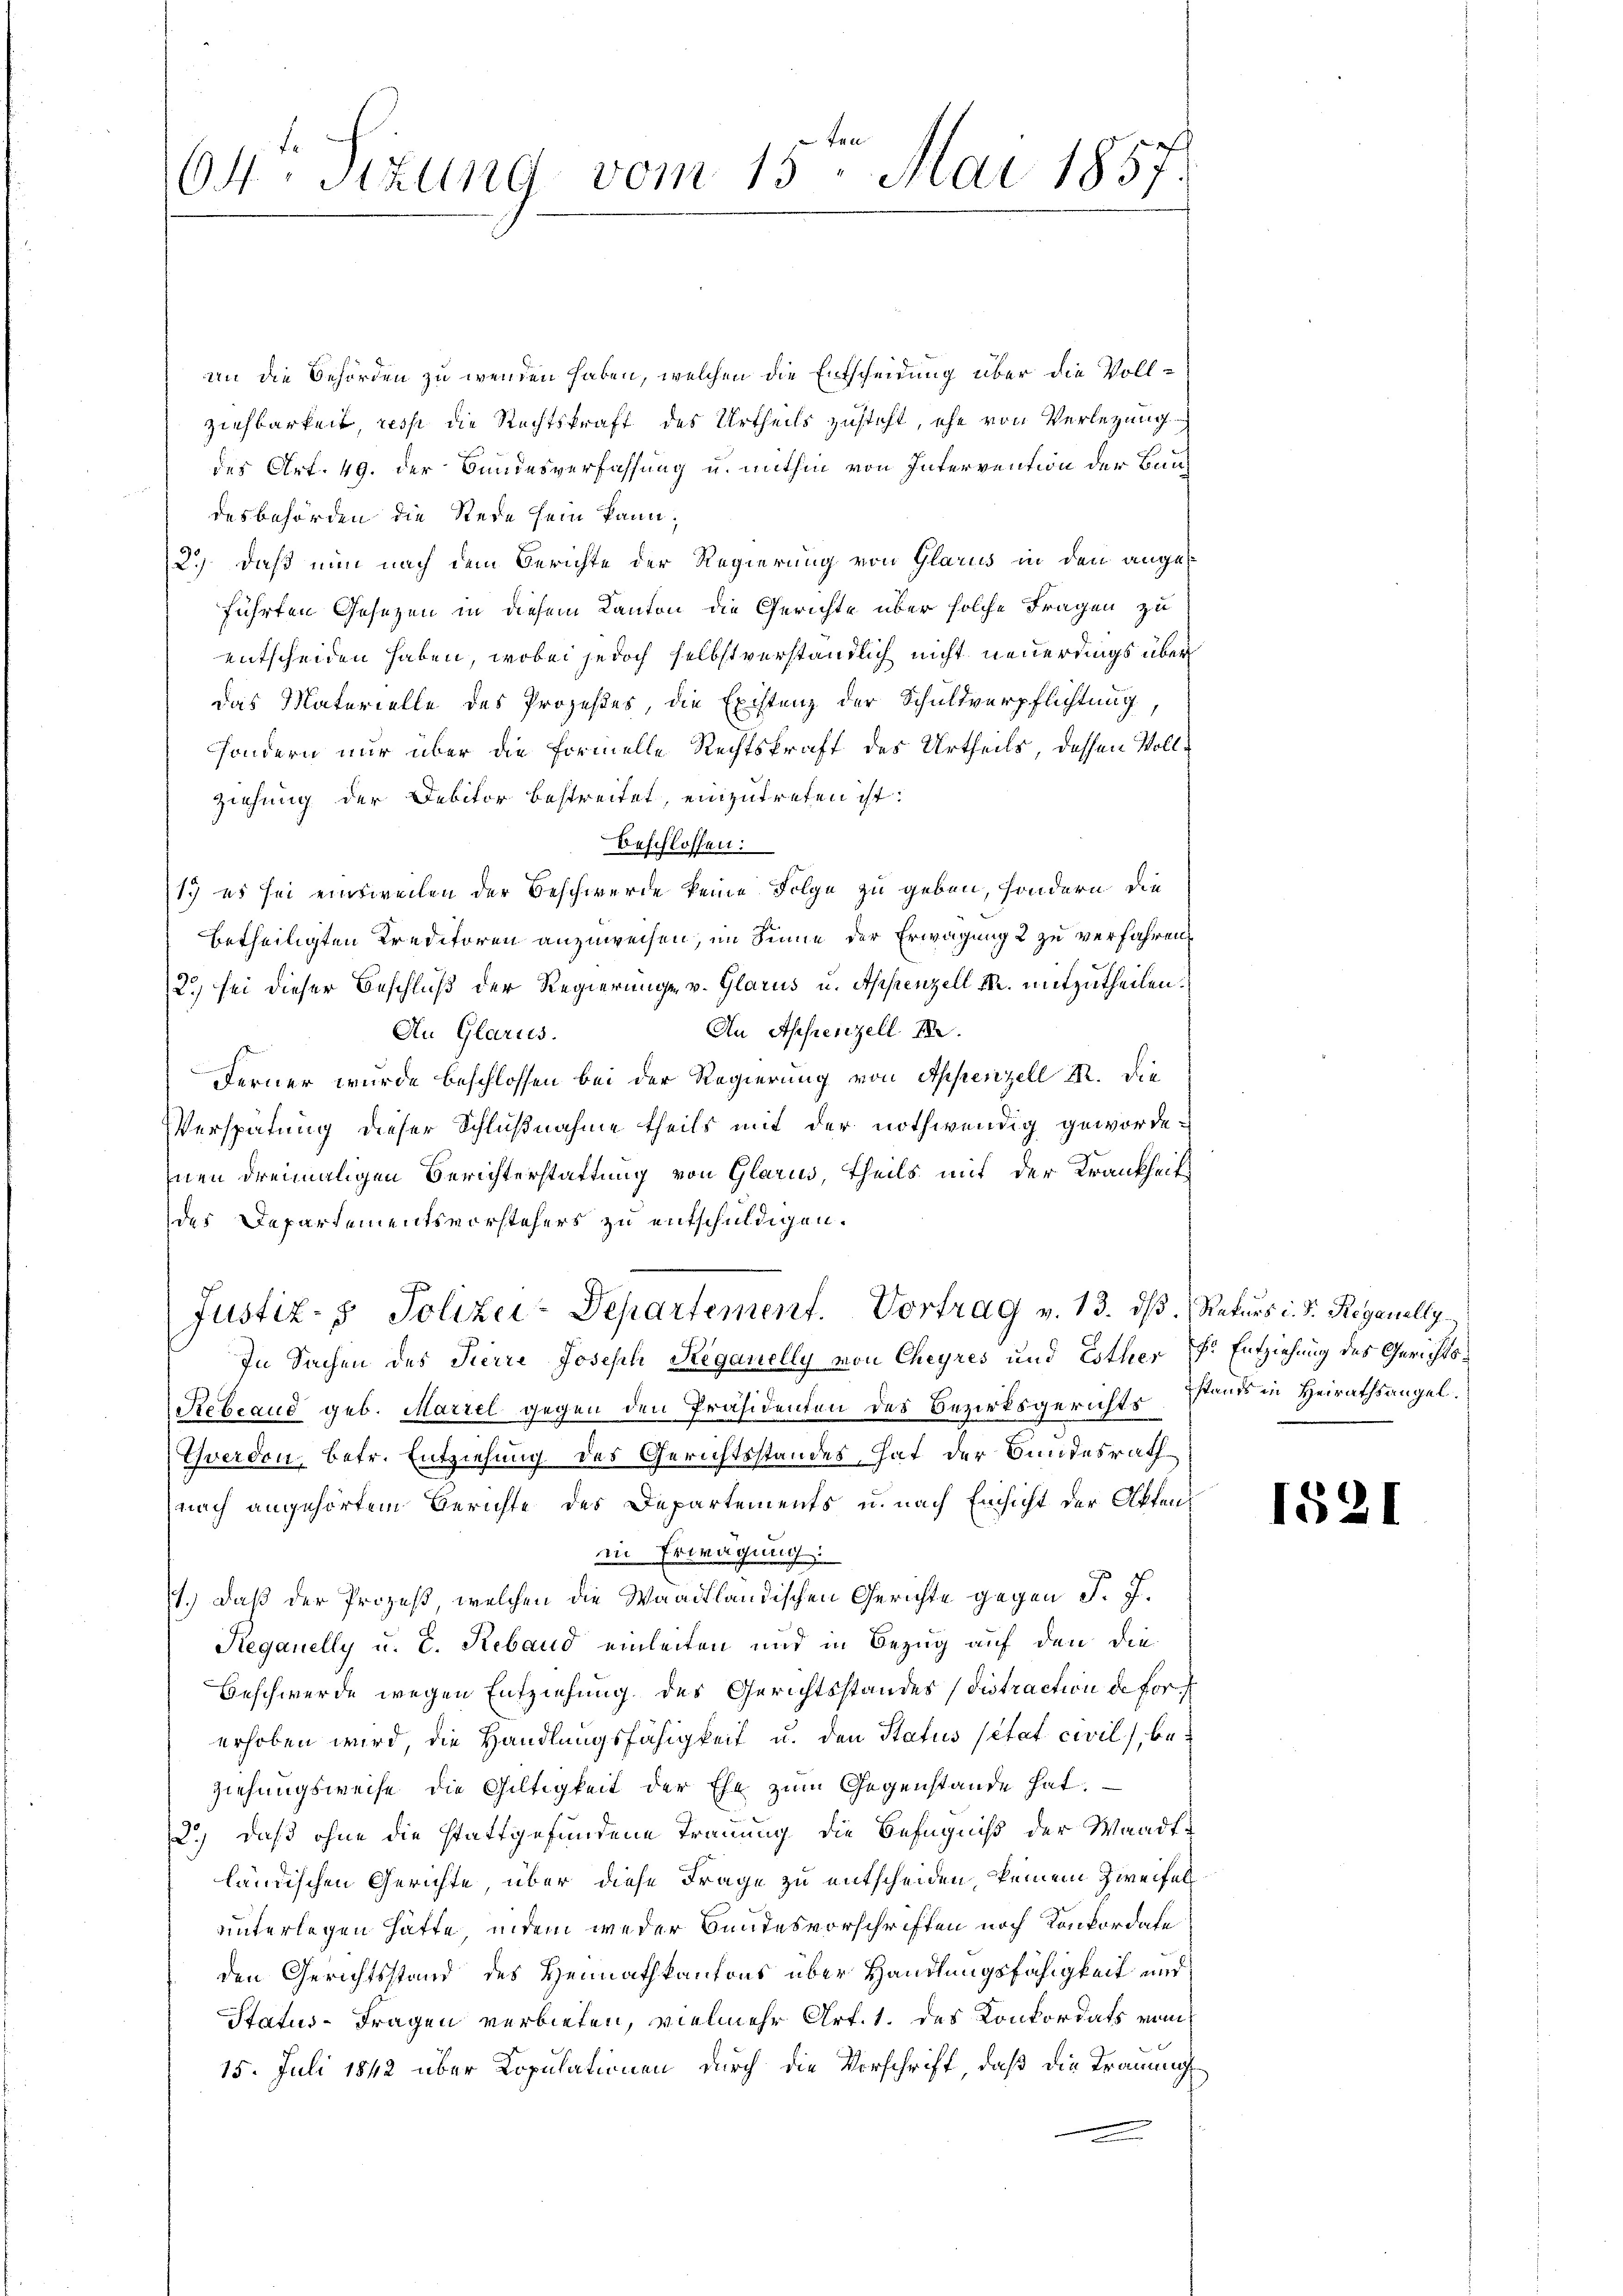
604 Sizung vom 15ten Mai 1857.

an die Behörden zu wenden haben, welchen die Entscheidung über die Vollziehbarkeit, ress die Rechtskraft des Urtheils zusteht, ehe von Verlegung
des Art. 49. der Bundesverfassung u. mithin von Intervention der Bur
desbehörden die Rede sein kann;
2.) Daß nun nach dem Berichte der Regierung von Glarus in den angeführten Gesetzen in diesem Kanton die Gerichte über solche Fragen zu
entscheiden haben, wobei jedoch selbstverständlich nicht neuerdings über
das Materielle des Prozeßes, die Existenz der Schuldverpflichtung,
sondern nur über die Formelle Rechtskraft des Urtheils, dessen Vollziehung der Debitor bestreitet, einzutreten ist.
beschlossen:
17 es sei einsweilen der Beschwerde keine Folge zu geben, sondern die
betheiligten Kreditoren anzuweisen, im Sinne der Erwägung 2 zu verfahren,
2.) sei dieser Beschluß der Regierunge v. Glarus u. Appenzell I. mitzutheilen.
An Appenzell A.
An Glarus.
Ferner wurde beschlossen bei der Regierung von Appenzell III. Die
Verspätung dieser Schlußnahme theils mit der nothwendig gewordenen dreimaligen Berichterstattung von Glarus, Theils mit der Krankheit
des Departementsvorstehers zu entschuldigen.
Justiz- & Polizei-Separtement. Vortrag v. 13. dβ. Rekurs i. S. Reganelly
In Sachen des Tierre Joseph Reganelly von Cheyres und Esthes E. Entziehung des Gerichts¬
Stebrand geb. Marzel gegen den Präsidenten des Bezirksgerichts stand in Heirathsangel.
Yverdon, betr. Entziehung des Gerichtsstandes hat der Bundesrath
nach angehörtem Berichte des Departements u. nach Einsicht der Aktenin Erwägung:
1.) Daß der Prozeß, welchen die Waadtländischen Gerichte gegen J. J.
Reganelly u. E. Reband einleiten und in Bezug auf den die
Beschwerde wegen Entziehung des Gerichtsstandes (distraction de forerhoben wird, die Handlungsfähigkeit u. den Status sitat civil, beziehungsweise die Giltigkeit der Ehe zum Gegenstände hat.
2.) daß ohne die stattgefundene Trauung die Befugniß der Waadtländischen Gerichte, über diese Frage zu entscheiden, keinem Zweifel
unterlegen hätte, indem weder Bundesvorschriften noch Konkordate
den Gerichtsstand des Heimathkantons über Handlungsfähigkeit und
Status- Fragen verbieten, vielmehr Art. 1. des Konkordats vom
15. Juli 1842 über Kopulationen durch die Vorschrift, daß die Trauung

1521